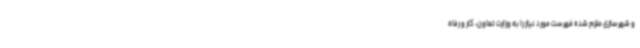
و شهرسازی ملزم شده فهرست مورد نیاز را به وزارت تعاون، کار و رفاه